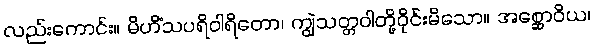
လည်းကောင်း။ မိဟိံသပရိဝါရိတော၊ ကျွဲသတ္တဝါတို့ဝိုင်းမိသော။ အစ္ဆောဝိယ၊